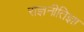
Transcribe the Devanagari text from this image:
राज्ञनीतिज्ञा